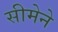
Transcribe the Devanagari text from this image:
सीमेने